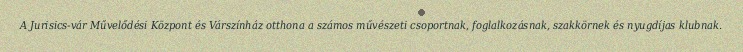
A Jurisics-vár Művelődési Központ és Várszínház otthona a számos művészeti csoportnak, foglalkozásnak, szakkörnek és nyugdíjas klubnak.